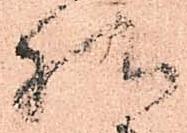
様